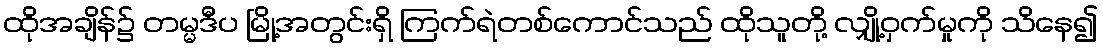
ထိုအချိန်၌ တမ္မဒီပ မြို့အတွင်းရှိ ကြက်ရဲတစ်ကောင်သည် ထိုသူတို့ လျှို့ဝှက်မှုကို သိနေ၍